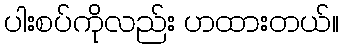
ပါးစပ်ကိုလည်း ဟထားတယ်။